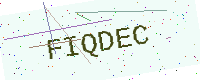
Text: FIQDEC